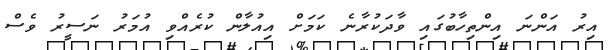
އިރު އަންނަ އިންތިހާބުގައި ވާދަކުރާނެ ކަމަށް އިއުލާން ކުރެއްވި އުމަރު ނަސީރު ވެސް